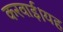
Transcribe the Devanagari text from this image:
करवाई।यह